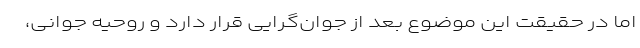
اما در حقیقت این موضوع بعد از جوان‌گرایی قرار دارد و روحیه جوانی،